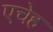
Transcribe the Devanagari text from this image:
एचेह